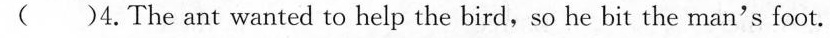
( )4.The ant wanted to help the bird,so he bit the man's foot.